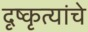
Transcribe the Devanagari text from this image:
दृष्कृत्यांचे